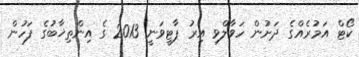
ކޯޓް އަމުރެއްގެ ދަށުން ހަވާލްވި އިރު ޕާޓީވަނީ 2013 ގެ އިންތިޚާބުގެ ފަހުން